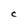
Character: C